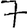
Digit: 7